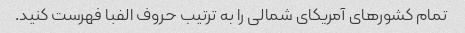
تمام کشورهای آمریکای شمالی را به ترتیب حروف الفبا فهرست کنید.